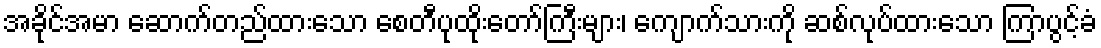
အခိုင်အမာ ဆောက်တည်ထားသော စေတီပုထိုးတော်ကြီးများ၊ ကျောက်သားကို ဆစ်လုပ်ထားသော ကြာပွင့်ခံ